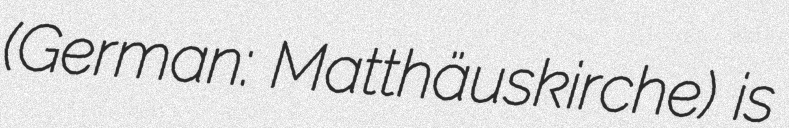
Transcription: (German: Matthäuskirche) is